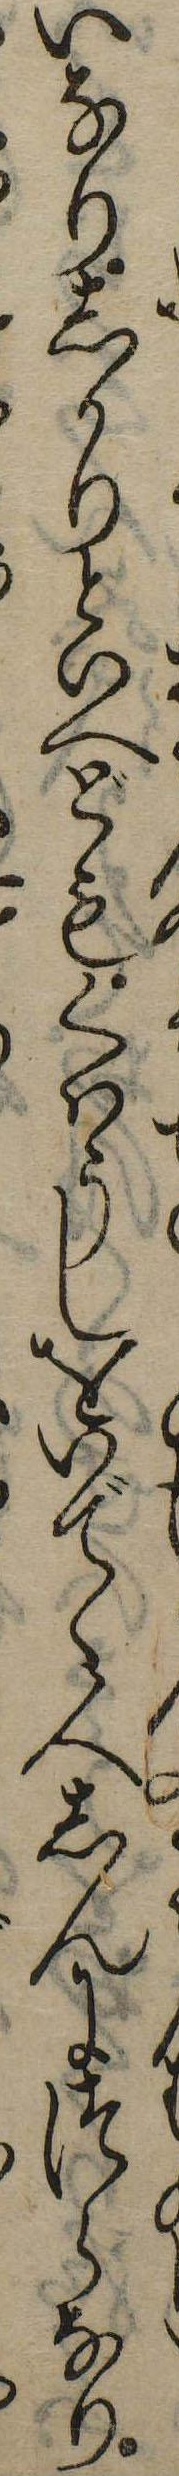
いなりしかりといへどもくはうしをいでゝ人しんにつらなり